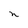
Character: n